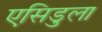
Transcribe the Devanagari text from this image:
एसिडुला